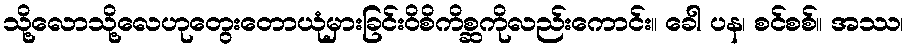
သို့လောသို့လေဟုတွေးတောယုံမှားခြင်းဝိစိကိစ္ဆကိုလည်းကောင်း။ ခေါ ပန၊ စင်စစ်။ အဿ၊